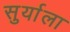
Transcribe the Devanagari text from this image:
सुर्याला